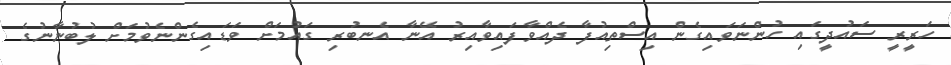
ހަރީރީ ސައުދީގައި ހުންނަވައިގެން އިސްތިއުފާ ދެއްވާފައިވާއިރު އޭނާ އެނބުރި ގައުމަށް ވަޑައިގެންނެވުމަށް ލުބުނާނުގެ